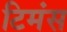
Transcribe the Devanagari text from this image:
टिमंस